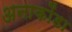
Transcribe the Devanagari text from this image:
अनाकोंडा